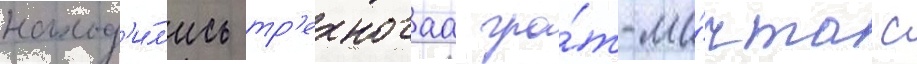
наход'и́л'ись тр'ехногаа гро́т-ма́чта с